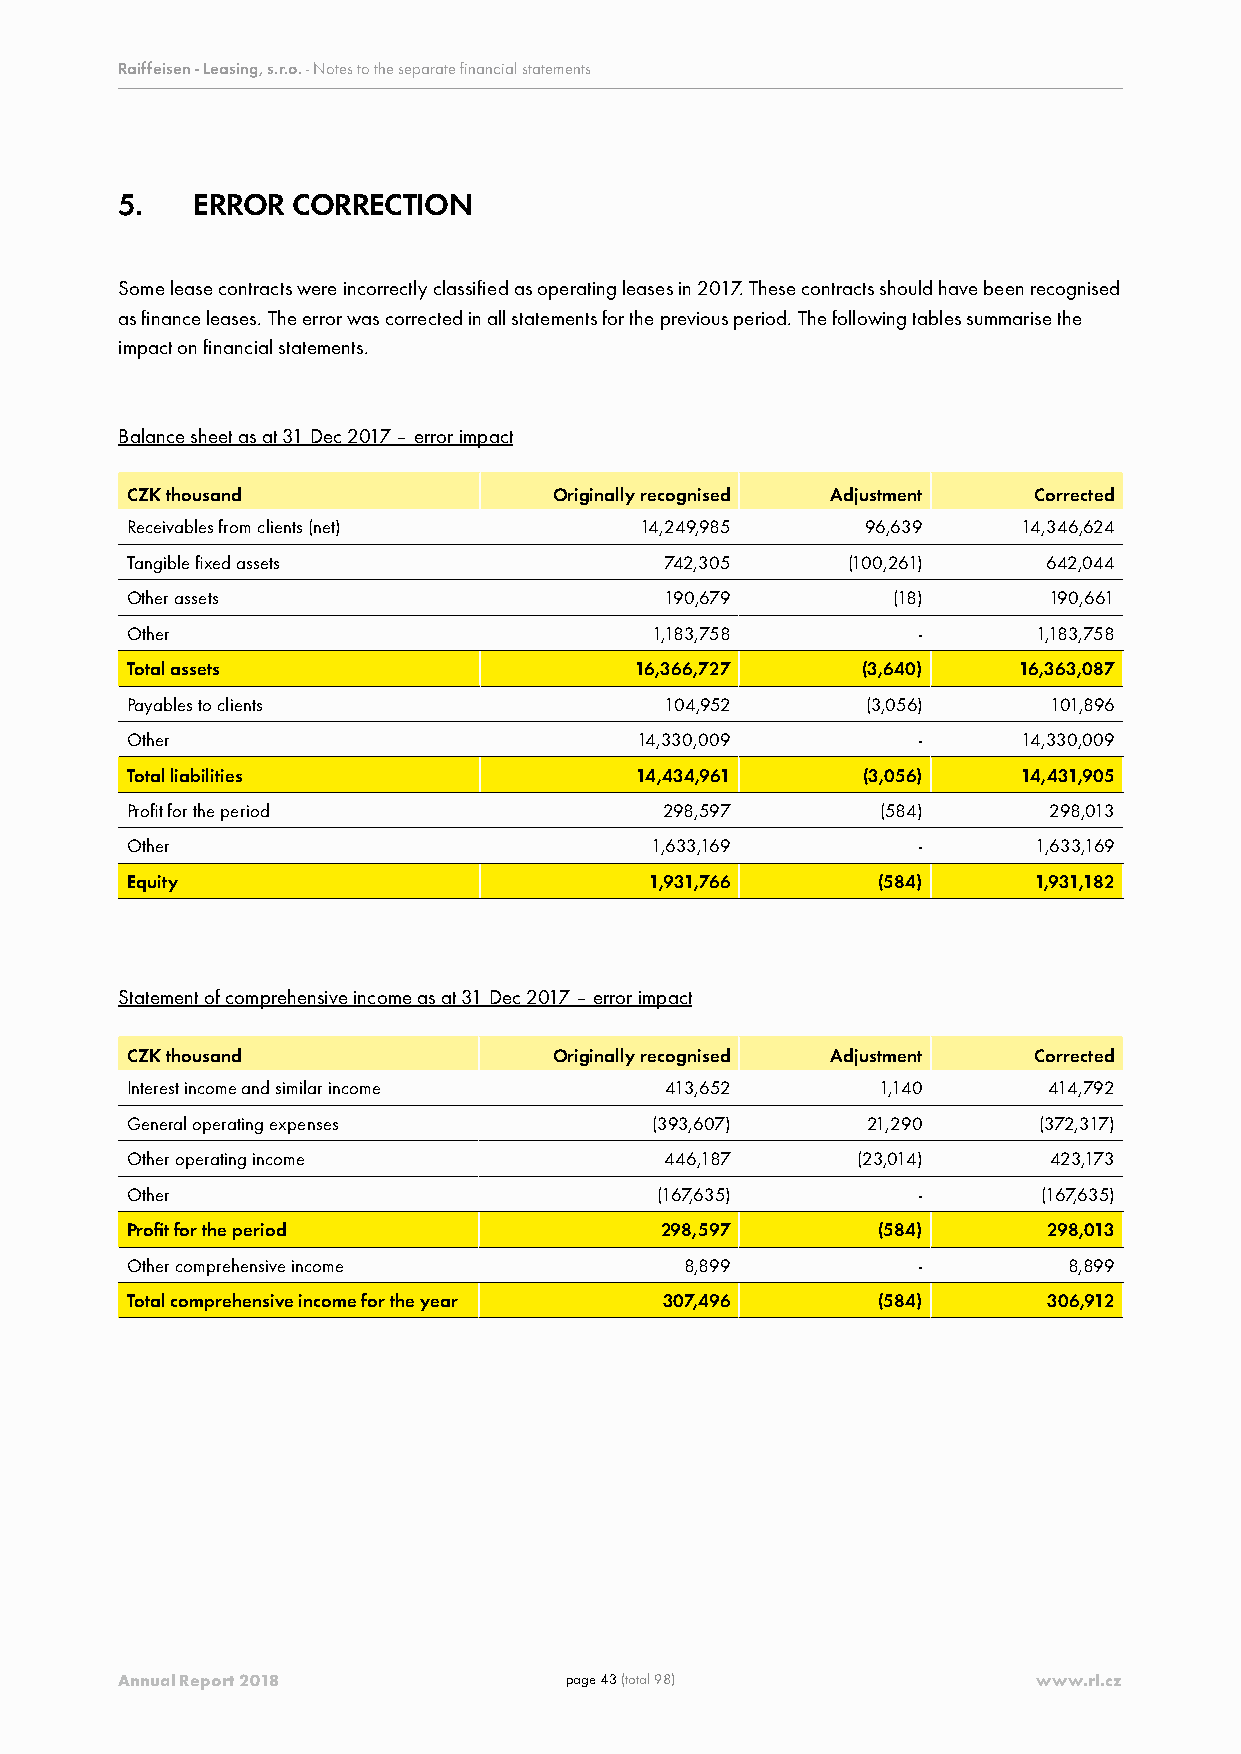
Raiffeisen - Leasing, s.r.o. - Notes to the separate financial statements
 5.   ERROR CORRECTION
 Some lease contracts were incorrectly classified as operating leases in 2017. These contracts should have been recognised
 as finance leases. The error was corrected in all statements for the previous period. The following tables summarise the
 impact on financial statements.
 Balance sheet as at 31 Dec 2017 – error impact
 CZK thousand                 Originally recognised Adjustment Corrected
 Receivables from clients (net)    14,249,985     96,639     14,346,624
 Tangible fixed assets               742,305     (100,261)    642,044
 Other assets                        190,679        (18)      190,661
 Other                              1,183,758         -       1,183,758
 Total assets                      16,366,727     (3,640)   16,363,087
 Payables to clients                 104,952      (3,056)     101,896
 Other                             14,330,009         -      14,330,009
 Total liabilities                 14,434,961     (3,056)    14,431,905
 Profit for the period               298,597       (584)      298,013
 Other                              1,633,169         -       1,633,169
 Equity                             1,931,766      (584)     1,931,182
 Statement of comprehensive income as at 31 Dec 2017 – error impact
 CZK thousand                 Originally recognised Adjustment Corrected
 Interest income and similar income  413,652       1,140      414,792
 General operating expenses         (393,607)     21,290      (372,317)
 Other operating income              446,187      (23,014)    423,173
 Other                              (167,635)         -       (167,635)
 Profit for the period               298,597       (584)      298,013
 Other comprehensive income           8,899           -         8,899
 Total comprehensive income for the year 307,496   (584)      306,912
 Annual Report 2018           page 43 (total 98)              www.rl.cz